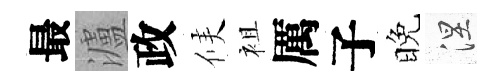
最瀘政候袓厲子晚涅